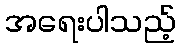
အရေးပါသည့်